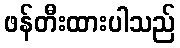
ဖန်တီးထားပါသည်